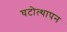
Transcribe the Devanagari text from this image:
घटोत्थापन